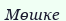
Мөшке